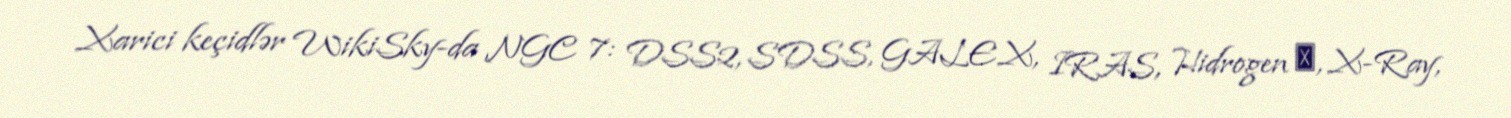
Xarici keçidlər WikiSky-da NGC 7: DSS2, SDSS, GALEX, IRAS, Hidrogen α, X-Ray,